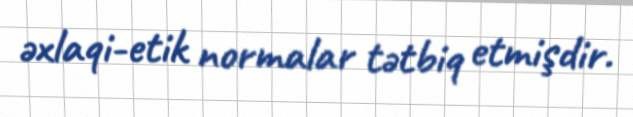
əxlaqi-etik normalar tətbiq etmişdir.